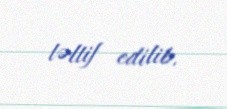
təltif edilib.